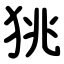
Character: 狣